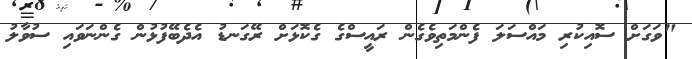
"ވަގަށް ސޮއިކުރި މައްސަލަ ފެންމަތިވެގެން ރައީސްގެ ގެކޮޅަށް ރޭގަނޑު އެދެބޭފުޅުން ގެންނަވައި ސުވާލު